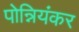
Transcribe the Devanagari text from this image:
पोन्नियंकर